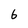
Character: 6